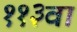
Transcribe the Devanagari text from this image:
११३वा